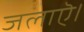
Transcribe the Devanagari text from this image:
जलाऎ।